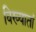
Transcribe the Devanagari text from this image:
विख्यातां